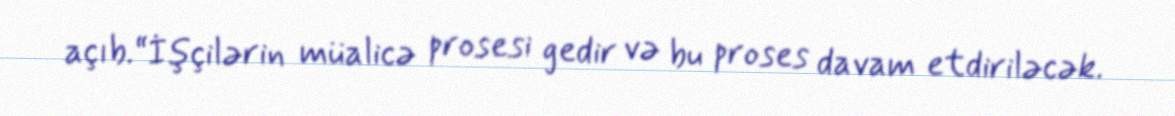
açıb.“İşçilərin müalicə prosesi gedir və bu proses davam etdiriləcək.